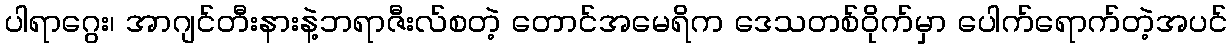
ပါရာဂွေး၊ အာဂျင်တီးနားနဲ့ဘရာဇီးလ်စတဲ့ တောင်အမေရိက ဒေသတစ်ဝိုက်မှာ ပေါက်ရောက်တဲ့အပင်